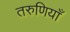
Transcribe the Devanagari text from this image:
तरुणियाँ